Vabadussoja_Ajaloo_Komitee, lk 49
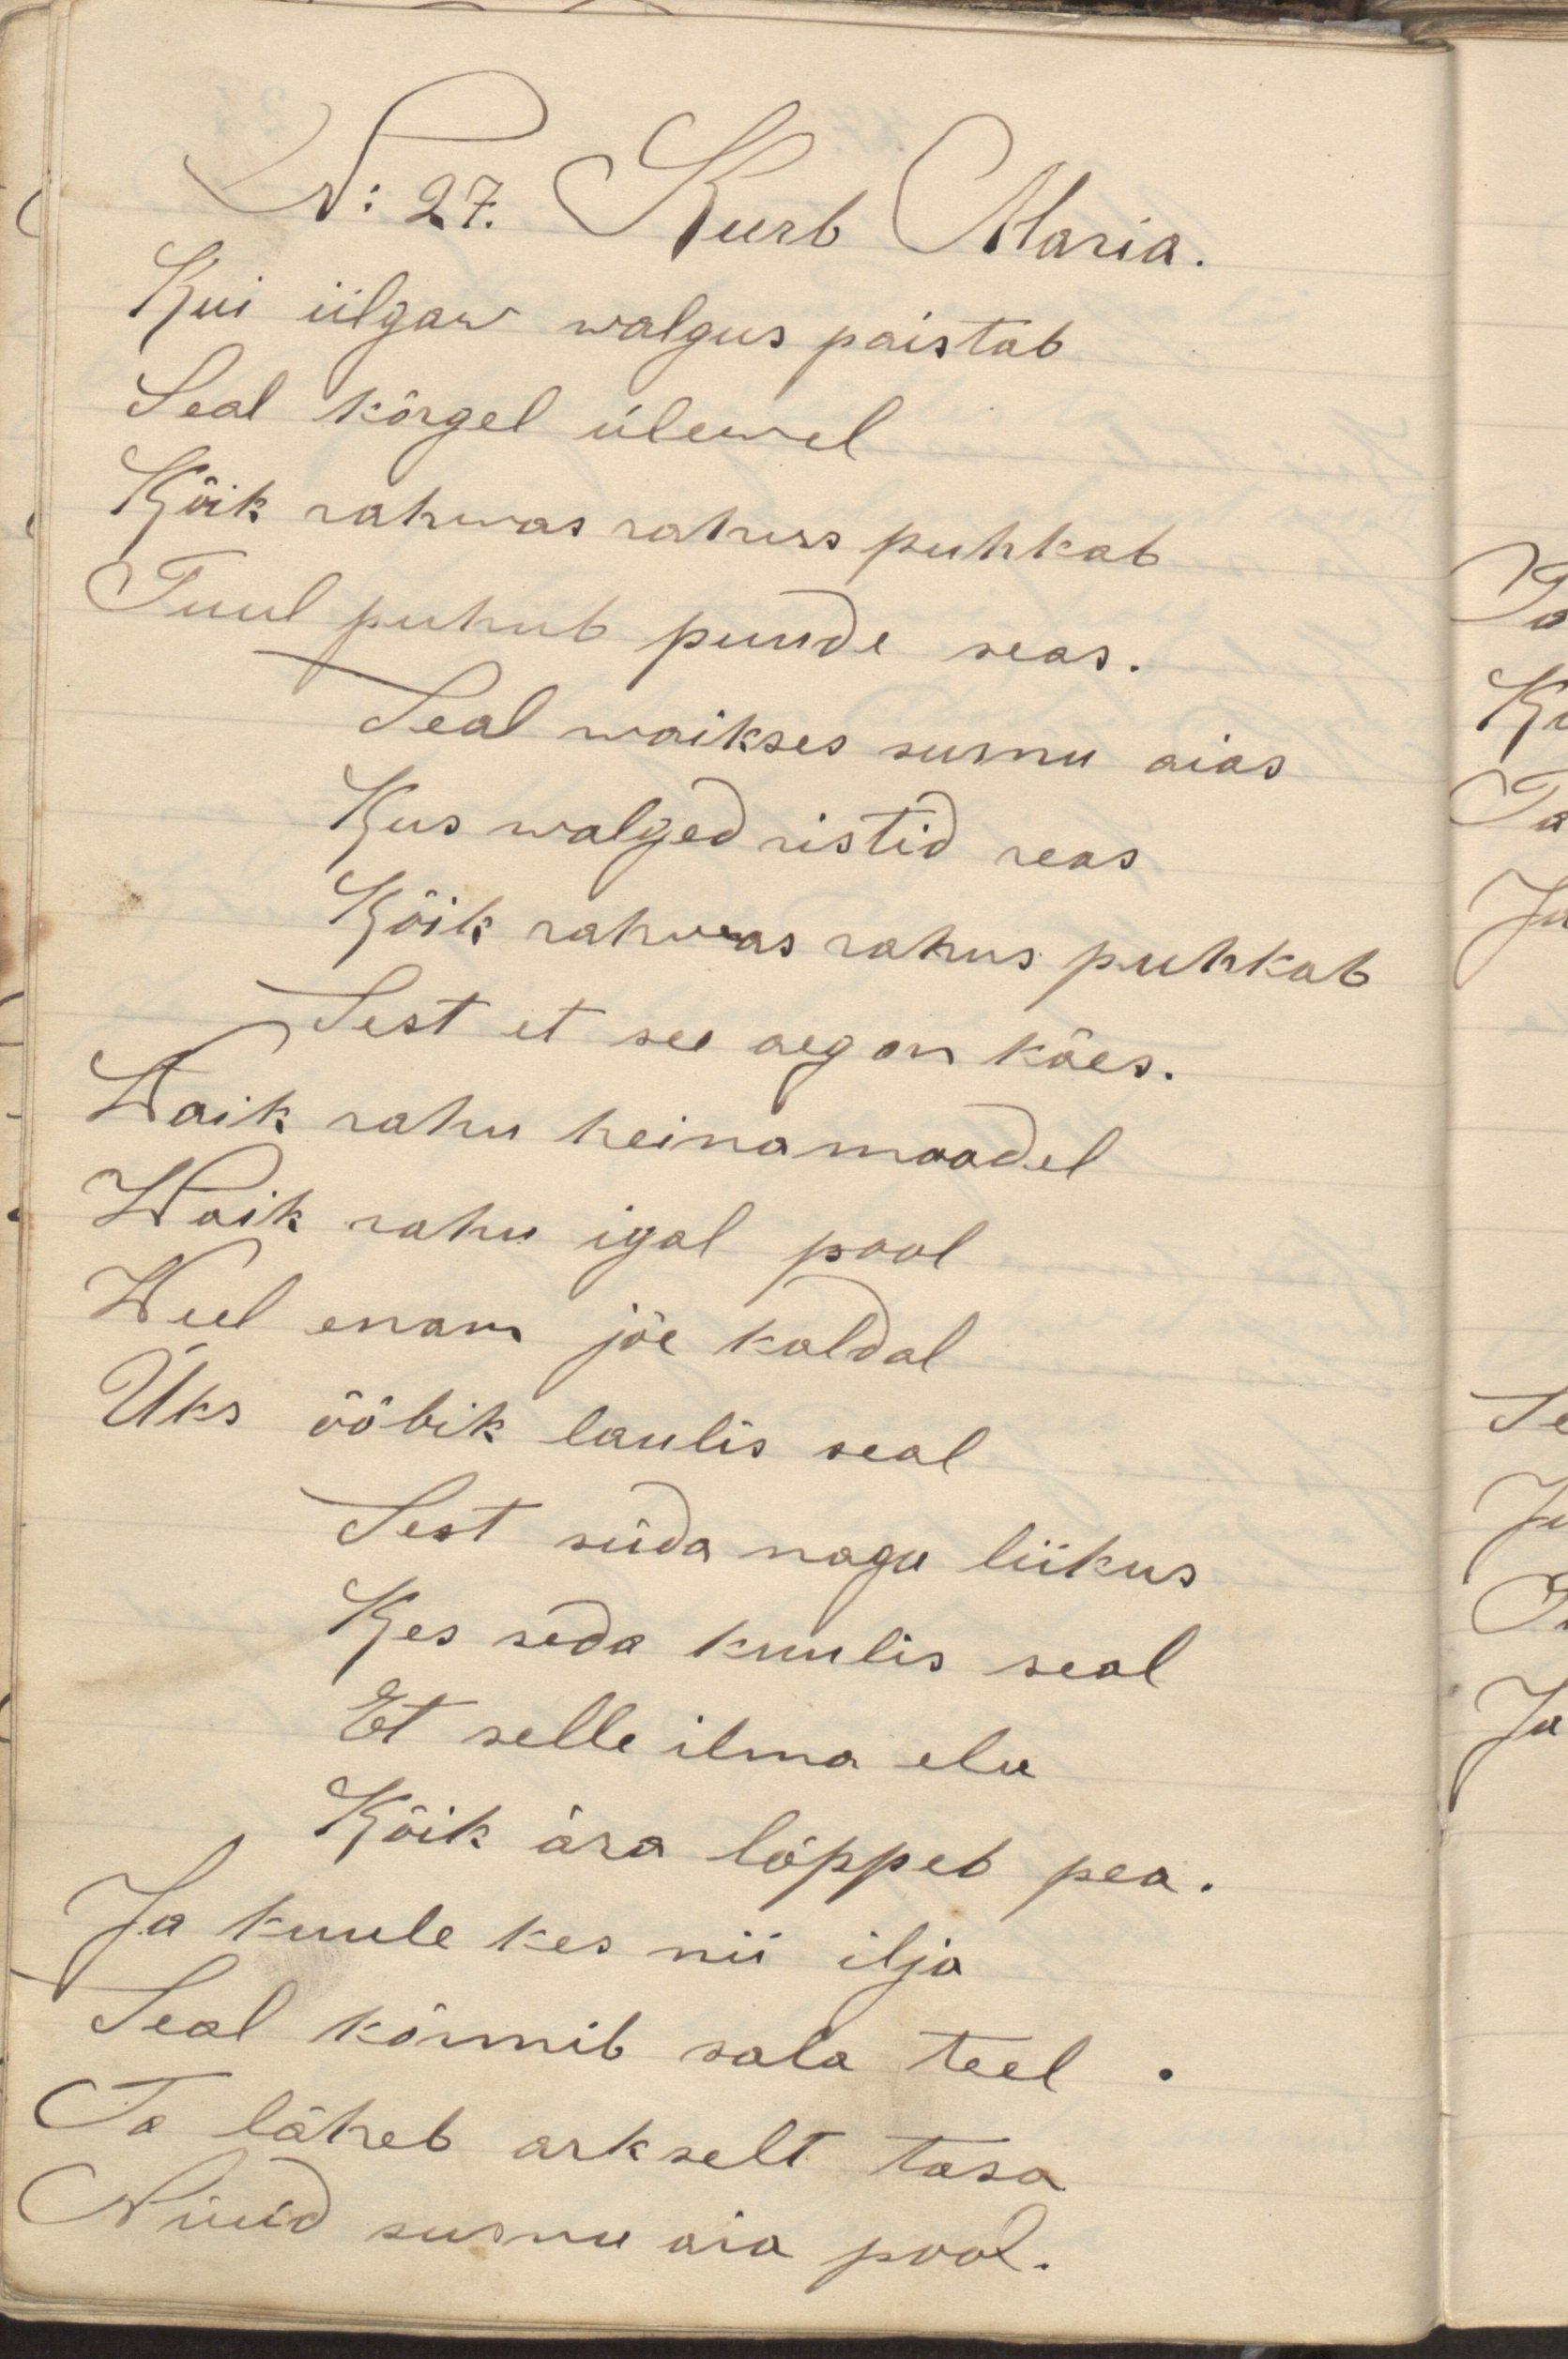
Kui iilgaw walgus paistabSeal kõrgel ülewalKõik rahwas rahus puhkabTuul puhub puude seas.Seal waikses surnu aiasKus walged ristid reasKõik rahwas rahus puhkabSest et see aeg on käes.Waik rahu heinamaadelWaik rahu igal poolWeel enam jõe kaldalÜks ööbik laulis sealSest süda nagu liikusKes seda kuulis sealEt selle ilma eluKõik ära lõppeb pea.Ja kuule kes nii ilja Seal kõnnib sala teel.Ta läheb arkselt tasaNüüd surnu aia pool. N: 27. Kurb Maria.